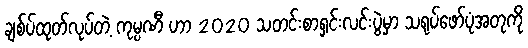
ချစ်ပ်ထုတ်လုပ်တဲ့ ကုမ္ပဏီ ဟာ 2020 သတင်းစာရှင်းလင်းပွဲမှာ သရုပ်ဖော်ပုံအတုကို